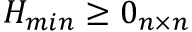
H _ { m i n } \geq 0 _ { n \times n }